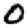
Digit: 0